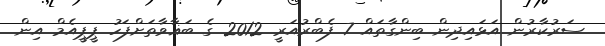
ސަރުކާރުން އަޅައިދިން ބިންގާތައް 7 ފެބްރުއަރީ 2012 ގެ ބަޣާވާތަށްފަހު ޕީޕީއެމް އިން